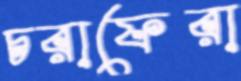
চরাফেরা